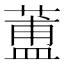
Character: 𦻌